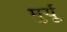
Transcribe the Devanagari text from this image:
मुर्यू